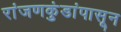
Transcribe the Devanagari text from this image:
रांजणकुंडांपासून